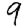
Digit: 9